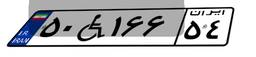
۵۰W۱۶۶۵۴